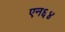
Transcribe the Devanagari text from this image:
एन६४